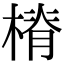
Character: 𣖷